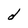
Character: d